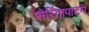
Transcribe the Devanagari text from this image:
सेरिंगापाटम